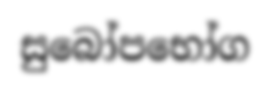
සුබෝපභෝග